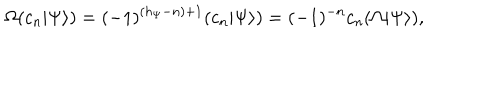
\Omega ( c _ { n } | \Psi \rangle ) = ( - 1 ) ^ { ( h _ { \Psi } - n ) + 1 } ( c _ { n } | \Psi \rangle ) = ( - 1 ) ^ { - n } c _ { n } ( \Omega | \Psi \rangle ) ,